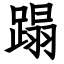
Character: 蹋